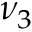
\nu _ { 3 }